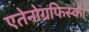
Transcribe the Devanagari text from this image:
एतेनोग्रफिस्का